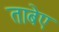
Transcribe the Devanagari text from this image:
ताबेए